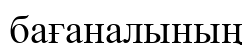
бағаналының